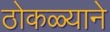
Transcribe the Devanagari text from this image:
ठोकळ्याने